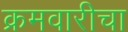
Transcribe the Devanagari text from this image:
क्रमवारीचा